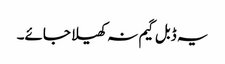
یہ ڈبل گیم نہ کھیلا جائے۔